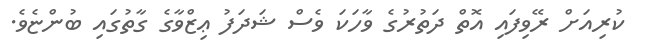
ކުރިއަށް ރޭވިފައި އޮތް ދަތުރުގެ ވާހަކަ ވެސް ޝަދަފު ޢިޒްވާގެ ގާތުގައި ބުންޏެވެ.